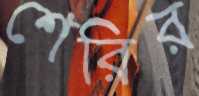
শেরির